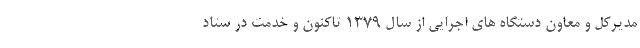
مدیرکل و معاون دستگاه های اجرایی از سال 1379 تاکنون و خدمت در ستاد